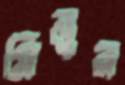
মিনুর